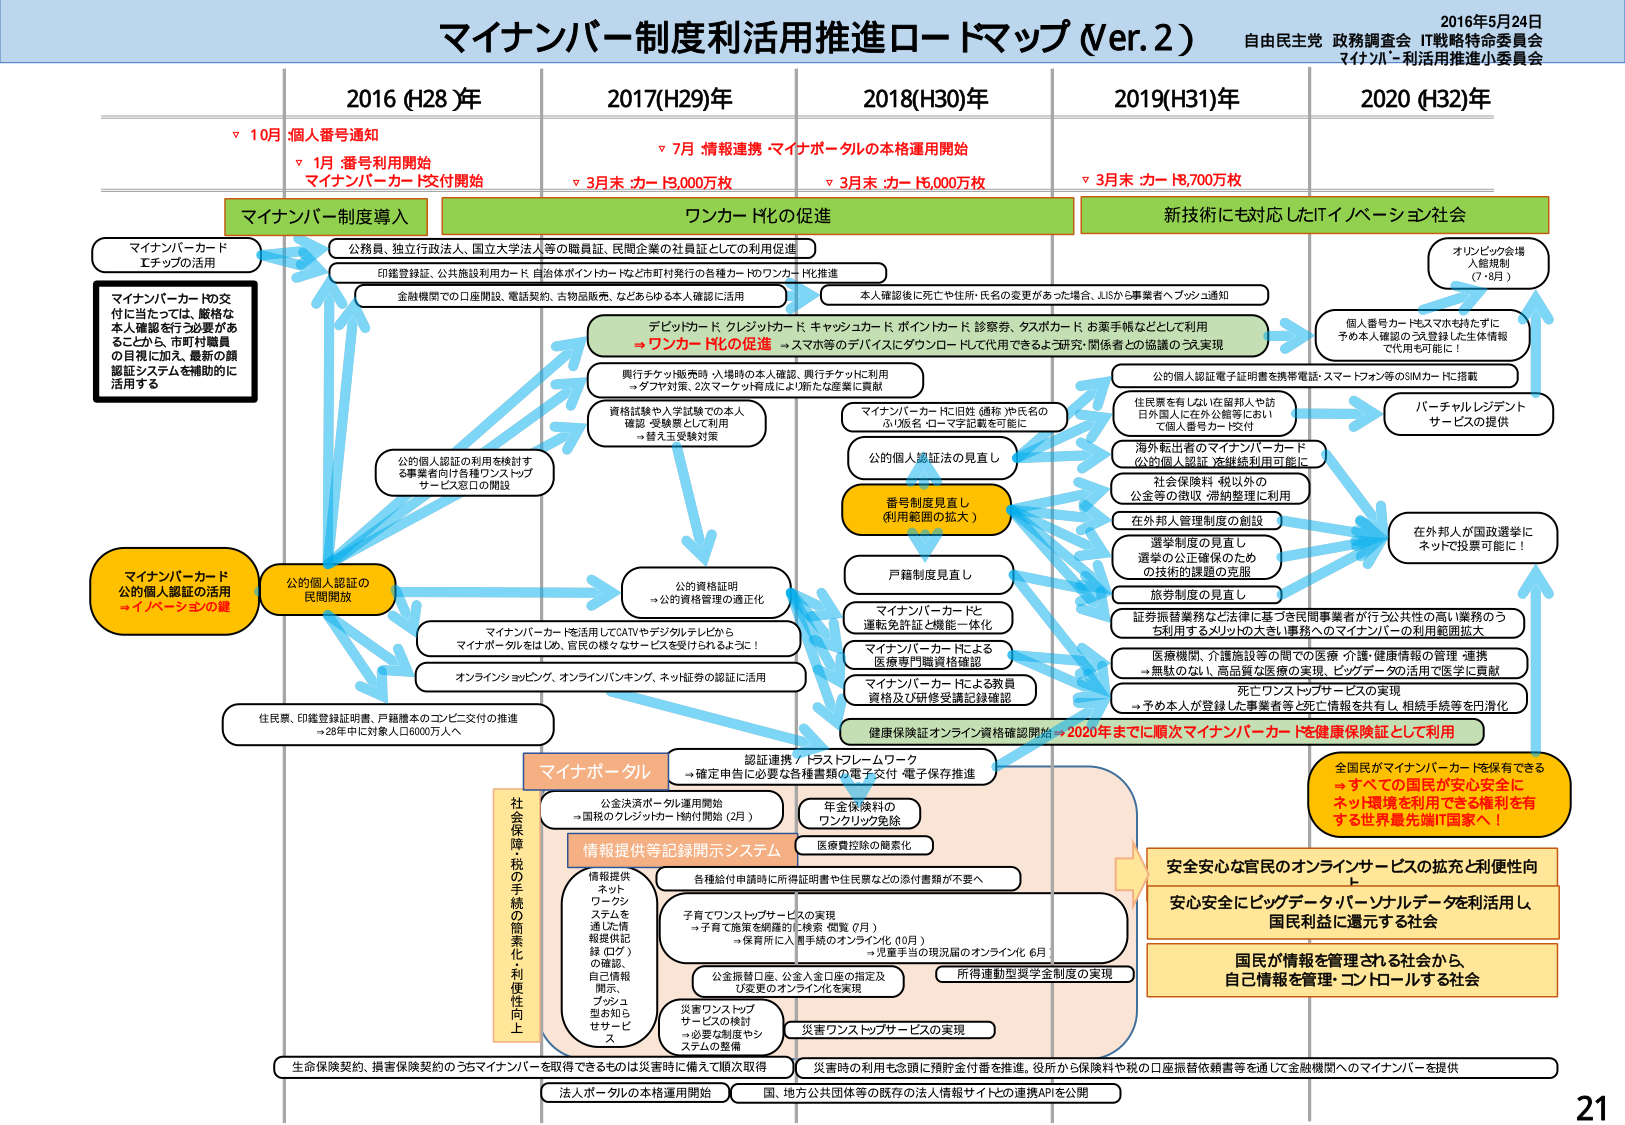
2016年5月24日
自由民主党 政務調査会 IT戦略特命委員会
マイナンバー活用推進小委員会

マイナンバー制度活用推進ロードマップ (Ver.2)

2016 (H28)年
▽ 10月 個人番号通知
▽ 1月 番号利用開始
マイナンバーカード交付開始

2017(H29)年
▽ 7月 情報連携 マイナポータルの本格運用開始
▽ 3月末 カード3,000万枚

2018(H30)年
▽ 3月末 カード6,000万枚

2019(H31)年
▽ 3月末 カード8,700万枚

2020 (H32)年

マイナンバー制度導入
ワンカード化の促進
新技術にも対応したITイノベーション社会

マイナンバーカード
エチックの活用

マイナンバーカードの交付に当たっては、厳格な本人確認を行う必要があることから、市町村職員の目視に加え、最新の顔認証システムを補助的に活用する

公務員、独立行政法人、国立大学法人等の職員証、民間企業の社員証としての利用促進
印鑑登録証、公共施設利用カード、自治体ポイントカードなど市町村発行の各種カードのワンカード化推進
金融機関での口座開設、電話契約、古物品販売、などあらゆる本人確認に活用
本人確認後に死亡や住所・氏名の変更があった場合、JISから事業者へプッシュ通知

デビットカード、クレジットカード、キャッシュカード、ポイントカード、診察券、タスカード、お薬手帳などとして利用
→ワンカード化の促進 → スマホ等のデバイスにダウンロードして代用できるよう研究・関係者との協議のうえ実現

銀行テック（販売時・入場時の本人確認、銀行チェックに利用
→タブレット対策、2次コード構成により新たな産業に貢献

資格試験や入学試験での本人確認・受験票として利用
→替え玉受験対策

マイナンバーカードに旧姓（婚前）や氏名のふりがな・ローマ字記載を可能に

公的個人認証法の見直し

番号制度見直し
（利用範囲の拡大）

公的個人認証の利用を検討する事業者向け各種ワンストップサービス窓口の開設

公的資格証明
→公的資格管理の適正化

マイナンバーカードを活用してCATVやデジタルテレビからマイナポータルをはじめ、市民の様々なサービスを受けられるように！

オンラインショッピング、オンラインバンキング、ネット証券の認証に活用

住民票、印鑑登録証明書、戸籍謄本のコンビニ交付の推進
→28年中に対象人口6000万人へ

マイナポータル
認証連携／トラストフレームワーク
→確定申告に必要な各種書類の電子交付・電子保存推進

公金決済ポータル運用開始
→国税のクレジットカード納付開始（2月）

年金保険料のワンクリック免除

情報提供等記録開示システム
医療費控除の簡素化

情報提供ネットワークシステムを通じた情報提供記録（ログ）の確認、自己情報開示、プッシュ型お知らせサービス

各種給付申請時に所得証明書や住民票などの添付書類が不要へ

子育てワンストップサービスの実現
→子育て施策を網羅的に検索・閲覧（7月）
→保育所に入園手続のオンライン化（10月）
→児童手当の現況届のオンライン化（6月）

公金振替口座、公金入金口座の指定及び変更のオンライン化を実現

所得連動型奨学金制度の実現

災害ワンストップサービスの検討
→必要な制度やシステムの整備

災害ワンストップサービスの実現

社会保険税の手続の簡素化・利便性向上

生命保険契約、損害保険契約のうちマイナンバーを取得できるものは災害時に備えて順次取得

災害時の利用も念頭に預貯金付番を推進。役所から保険料や税の口座振替依頼書等を通じて金融機関へのマイナンバーを提供

法人ポータルの本格運用開始
国、地方公共団体等の既存の法人情報サイトとの連携APIを公開

公的個人認証電子証明書を携帯電話・スマートフォン等のSIMカードに搭載

住民票を有しない在留邦人や訪日外国人に在外公館等において個人番号カード交付

海外転出者のマイナンバーカード（公的個人認証）を継続利用可能に

社会保険料・税以外の公金等の徴収・滞納整理に利用

在外邦人管理制度の創設

選挙制度の見直し
選挙の公正確保のための技術的課題の克服

旅券制度の見直し

証券振替業務など法律に基づき民間事業者が行う公共性の高い業務のうち利用するメリットの大きい業務へのマイナンバーの利用範囲拡大

医療機関、介護施設等の間での医療・介護・健康情報の管理・連携 →無駄のない、高品質な医療の実現、ビッグデータの活用で医学に貢献

死亡ワンストップサービスの実現
→予め本人が登録した事業者等と死亡情報を共有し、相続手続等を円滑化

健康保険証オンライン資格確認開始 → 2020年までに順次マイナンバーカードを健康保険証として利用

オリンピック会場入館規制（7・8月）

個人番号カード・スマホを持たずに予め本人確認した登録した生体情報で代用も可能に！

バーチャルレジデントサービスの提供

在外邦人が国政選挙にネットで投票可能に！

国民が情報は管理される社会から、自己情報を管理・コントロールする社会

安全安心な官民のオンラインサービスの拡充と利便性向上

安心安全にビッグデータ・パーソナルデータを利活用し、国民利益に還元する社会

全国民がマイナンバーカードを保有できる
→すべての国民が安心安全にネット環境を利用できる権利を有する世界最先端IT国家へ！

21